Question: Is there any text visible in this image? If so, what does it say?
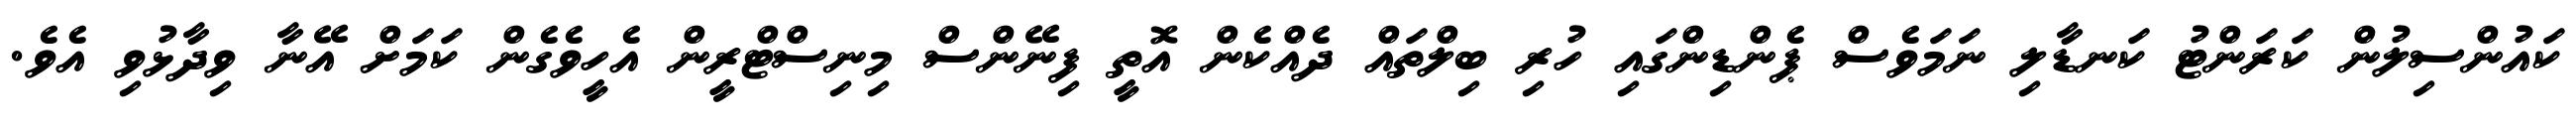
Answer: ކައުންސިލުން ކަރަންޓު ކަނޑާލި ނަމަވެސް ޕެންޑިންގައި ހުރި ބިލްތައް ދެއްކެން އޮތީ ފިނޭންސް މިނިސްޓްރީން އެހީވެގެން ކަމަށް އޭނާ ވިދާޅުވި އެވެ.